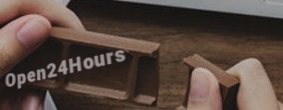
Open24Hours